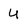
Character: U